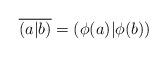
LaTeX: \begin{align*}\overline{(a|b)}=(\phi(a)|\phi(b))\end{align*}